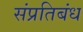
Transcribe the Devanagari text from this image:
संप्रतिबंध